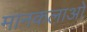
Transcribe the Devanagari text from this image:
मानकलाओ